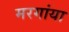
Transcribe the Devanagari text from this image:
मरगांया